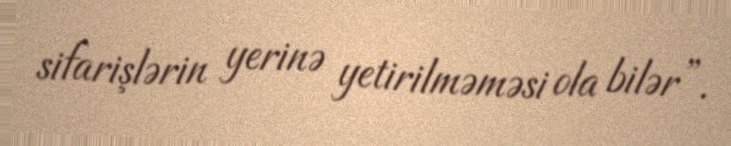
sifarişlərin yerinə yetirilməməsi ola bilər”.